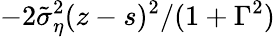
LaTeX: -2\tilde{\sigma}_{\eta}^{2}(z-s)^{2}/(1+\Gamma^{2})